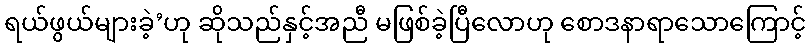
ရယ်ဖွယ်များခဲ့’ဟု ဆိုသည်နှင့်အညီ မဖြစ်ခဲ့ပြီလောဟု စောဒနာရာသောကြောင့်